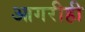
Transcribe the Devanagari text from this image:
आगरीही